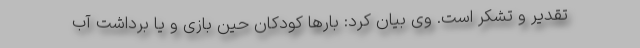
تقدیر و تشکر است. وی بیان کرد: بارها کودکان حین بازی و یا برداشت آب